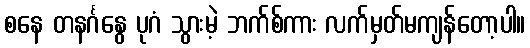
စနေ တနင်္ဂနွေ ပုဂံ သွားမဲ့ ဘက်စ်ကား လက်မှတ်မကျန်တော့ပါ။